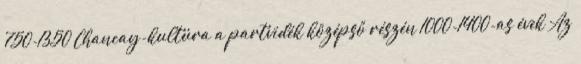
750-1350 Chancay-kultúra a partvidék középső részén 1000-1400-as évek Az